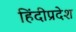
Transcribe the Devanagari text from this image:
हिंदीप्रदेश